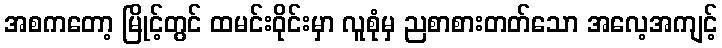
အစကတော့ မြိုင့်တွင် ထမင်းဝိုင်းမှာ လူစုံမှ ညစာစားတတ်သော အလေ့အကျင့်